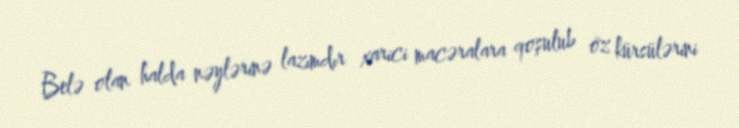
Belə olan halda nəylərinə lazımdır xarici macəralara qoşulub öz kürsülərini